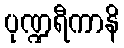
ပုဏ္ဍရီကာနိ